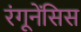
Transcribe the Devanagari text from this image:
रंगूनेंसिस